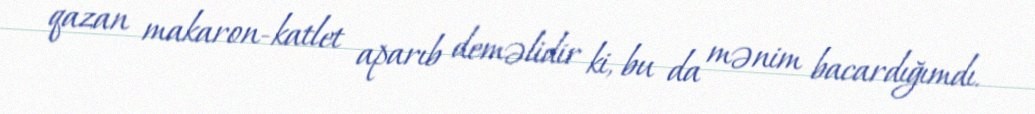
qazan makaron-katlet aparıb deməlidir ki, bu da mənim bacardığımdı.